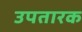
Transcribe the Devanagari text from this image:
उपतारक